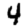
Digit: 4